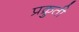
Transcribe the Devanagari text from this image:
प्रक्रुती